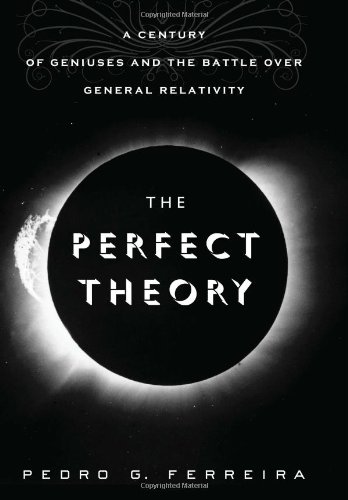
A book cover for The Perfect Theory: A Century of Geniuses and the Battle over General Relativity; Prof. Pedro G. Ferreira; Science & Math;